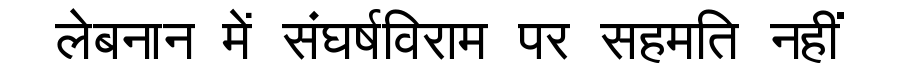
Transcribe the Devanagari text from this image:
लेबनान में संघर्षविराम पर सहमति नहीं